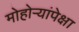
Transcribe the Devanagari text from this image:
मोहोऱ्यांपेक्षा